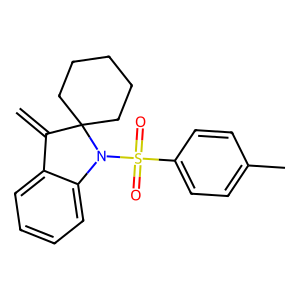
SMILES: C=C1c2ccccc2N(S(=O)(=O)c2ccc(C)cc2)C12CCCCC2
Inhibits HIV replication: No